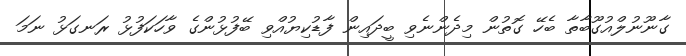
ގާނޫނުލްއުގޫބާތާ ބެހޭ ގޮތުން މިދެންނެވި ބީދައިން ފާޑުކިޔުއްވި ބޭފުޅުންގެ ވާހަކަފުޅު ރަނގަޅު ނަމަ